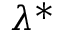
\, \! \lambda ^ { * }